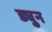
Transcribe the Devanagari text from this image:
ड्युन